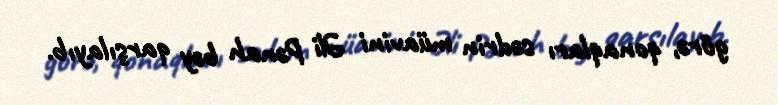
görə, qonaqları sədrin müavini Əli Pənah bəy qarşılayıb.